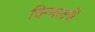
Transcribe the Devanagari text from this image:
चिम्मलगी